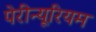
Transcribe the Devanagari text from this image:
पेरीन्यूरियम